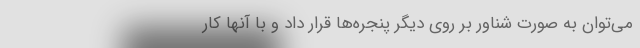
می‌توان به صورت شناور بر روی دیگر پنجره‌ها قرار داد و با آنها کار